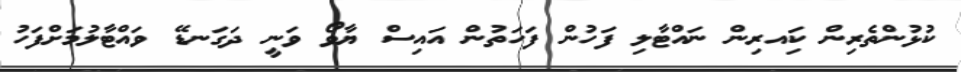
ކުޅުންތެރިން ކަިއރިން ނައްޓާލި ފަހުން ފަހަތުން އައިސް ޔާވޯ ވަނީ ދަގަނޑޭ ވައްޓާލުމަށްފަހު